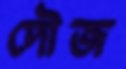
দৌজ